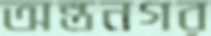
অন্তনগর